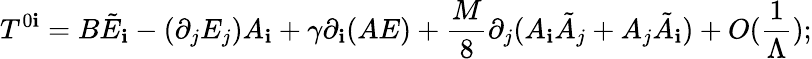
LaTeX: T^{0\mathbf{i}}=B\tilde{{E}}_{\mathbf{i}}-(\partial_{j}E_{j})A_{\mathbf{i}}+\gamma\partial_{\mathbf{i}}(AE)+\frac{{M}}{{8}}\partial_{j}(A_{\mathbf{i}}\tilde{{A}}_{j}+A_{j}\tilde{{A}}_{\mathbf{i}})+O(\frac{{1}}{{\Lambda}});